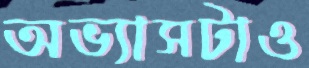
অভ্যাসটাও